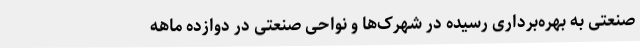
صنعتی به بهره‌برداری رسیده در شهرک‌ها و نواحی صنعتی در دوازده ماهه